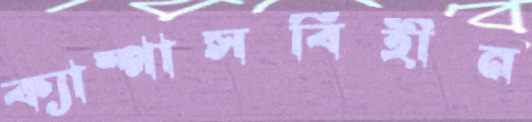
ক্যাম্পাসবিহীন